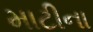
માટીના